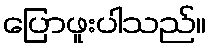
ပြောဖူးပါသည်။